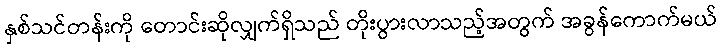
နှစ်သင်တန်းကို တောင်းဆိုလျှက်ရှိသည် တိုးပွားလာသည့်အတွက် အခွန်ကောက်မယ်